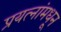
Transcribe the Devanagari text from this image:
प्रयत्‍नांमधून